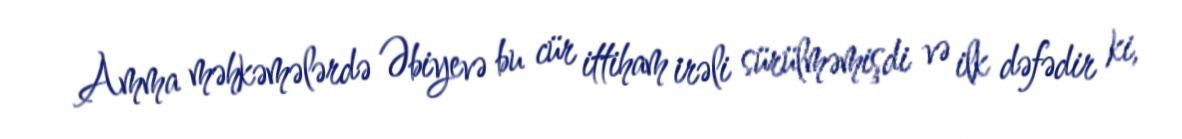
Amma məhkəmələrdə Əbiyevə bu cür ittiham irəli sürülməmişdi və ilk dəfədir ki,